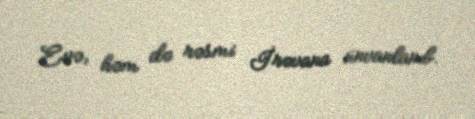
Evə, həm də rəsmi İrəvana ünvanlanıb.